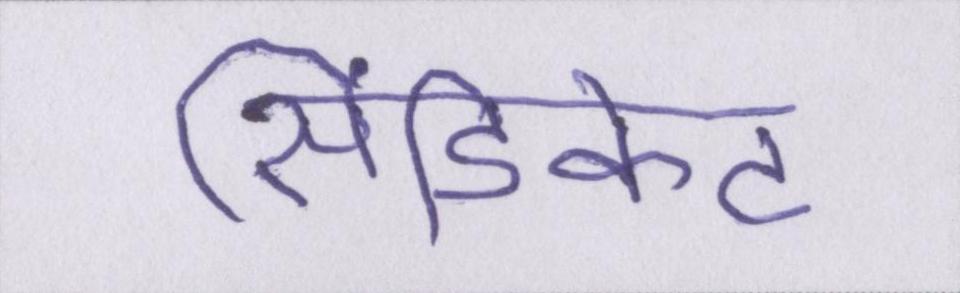
सिंडिकेट